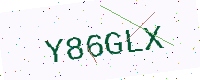
Text: Y86GLX